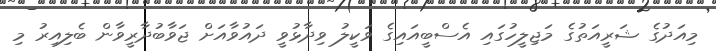
މިއަދުގެ ޝަރީއަތުގެ މަޖިލީހުގައި އެސްބީއައިގެ ވަކީލު ވިދާޅުވީ ދައުވާއަށް ޖަވާބުދާރީވާން ބެލިއިރު މި